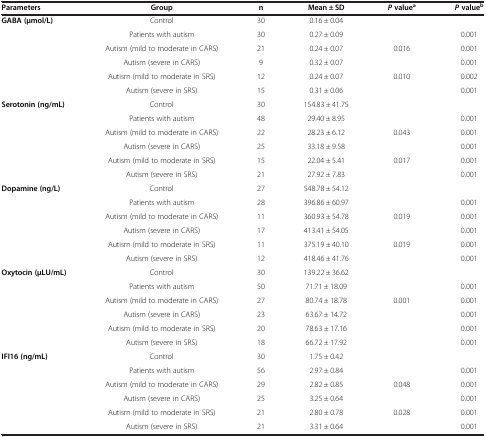
<table><thead><tr><td><b>Parameters</b></td><td><b>Group</b></td><td><b>n</b></td><td><b>Mean ± SD</b></td><td><b><i>P </i>value<sup>a</sup></b></td><td><b><i>P </i>value<sup>b</sup></b></td></tr></thead><tbody><tr><td><b>GABA (μmol/L)</b></td><td>Control</td><td>30</td><td>0.16 ± 0.04</td><td> </td><td> </td></tr><tr><td> </td><td>Patients with autism</td><td>30</td><td>0.27 ± 0.09</td><td> </td><td>0.001</td></tr><tr><td> </td><td>Autism (mild to moderate in CARS)</td><td>21</td><td>0.24 ± 0.07</td><td rowspan="2">0.016</td><td>0.001</td></tr><tr><td> </td><td>Autism (severe in CARS)</td><td>9</td><td>0.32 ± 0.07</td><td>0.001</td></tr><tr><td> </td><td>Autism (mild to moderate in SRS)</td><td>12</td><td>0.24 ± 0.07</td><td rowspan="2">0.010</td><td>0.002</td></tr><tr><td> </td><td>Autism (severe in SRS)</td><td>15</td><td>0.31 ± 0.06</td><td>0.001</td></tr><tr><td><b>Serotonin (ng/mL)</b></td><td>Control</td><td>30</td><td>154.83 ± 41.75</td><td> </td><td> </td></tr><tr><td> </td><td>Patients with autism</td><td>48</td><td>29.40 ± 8.95</td><td> </td><td>0.001</td></tr><tr><td> </td><td>Autism (mild to moderate in CARS)</td><td>22</td><td>28.23 ± 6.12</td><td>0.043</td><td>0.001</td></tr><tr><td> </td><td>Autism (severe in CARS)</td><td>25</td><td>33.18 ± 9.58</td><td> </td><td>0.001</td></tr><tr><td> </td><td>Autism (mild to moderate in SRS)</td><td>15</td><td>22.04 ± 5.41</td><td>0.017</td><td>0.001</td></tr><tr><td> </td><td>Autism (severe in SRS)</td><td>21</td><td>27.92 ± 7.83</td><td> </td><td>0.001</td></tr><tr><td><b>Dopamine (ng/L)</b></td><td>Control</td><td>27</td><td>548.78 ± 54.12</td><td> </td><td> </td></tr><tr><td> </td><td>Patients with autism</td><td>28</td><td>396.86 ± 60.97</td><td> </td><td>0.001</td></tr><tr><td> </td><td>Autism (mild to moderate in CARS)</td><td>11</td><td>360.93 ± 54.78</td><td rowspan="2">0.019</td><td>0.001</td></tr><tr><td> </td><td>Autism (severe in CARS)</td><td>17</td><td>413.41 ± 54.05</td><td>0.001</td></tr><tr><td> </td><td>Autism (mild to moderate in SRS)</td><td>11</td><td>375.19 ± 40.10</td><td rowspan="2">0.019</td><td>0.001</td></tr><tr><td> </td><td>Autism (severe in SRS)</td><td>12</td><td>418.46 ± 41.76</td><td>0.001</td></tr><tr><td><b>Oxytocin (μLU/mL)</b></td><td>Control</td><td>30</td><td>139.22 ± 36.62</td><td> </td><td> </td></tr><tr><td> </td><td>Patients with autism</td><td>50</td><td>71.71 ± 18.09</td><td> </td><td>0.001</td></tr><tr><td> </td><td>Autism (mild to moderate in CARS)</td><td>27</td><td>80.74 ± 18.78</td><td rowspan="2">0.001</td><td>0.001</td></tr><tr><td> </td><td>Autism (severe in CARS)</td><td>23</td><td>63.67 ± 14.72</td><td>0.001</td></tr><tr><td> </td><td>Autism (mild to moderate in SRS)</td><td>20</td><td>78.63 ± 17.16</td><td rowspan="2"> </td><td>0.001</td></tr><tr><td> </td><td>Autism (severe in SRS)</td><td>18</td><td>66.72 ± 17.92</td><td>0.001</td></tr><tr><td><b>IFI16 (ng/mL)</b></td><td>Control</td><td>30</td><td>1.75 ± 0.42</td><td> </td><td> </td></tr><tr><td> </td><td>Patients with autism</td><td>56</td><td>2.97 ± 0.84</td><td> </td><td>0.001</td></tr><tr><td> </td><td>Autism (mild to moderate in CARS)</td><td>29</td><td>2.82 ± 0.85</td><td>0.048</td><td>0.001</td></tr><tr><td> </td><td>Autism (severe in CARS)</td><td>25</td><td>3.25 ± 0.64</td><td> </td><td>0.001</td></tr><tr><td> </td><td>Autism (mild to moderate in SRS)</td><td>21</td><td>2.80 ± 0.78</td><td>0.028</td><td>0.001</td></tr><tr><td> </td><td>Autism (severe in SRS)</td><td>21</td><td>3.31 ± 0.64</td><td> </td><td>0.001</td></tr></tbody></table>